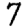
Digit: 7